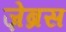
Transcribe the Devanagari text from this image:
ज़ेब्रस